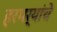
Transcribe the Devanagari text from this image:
हरभर्‍यांचे